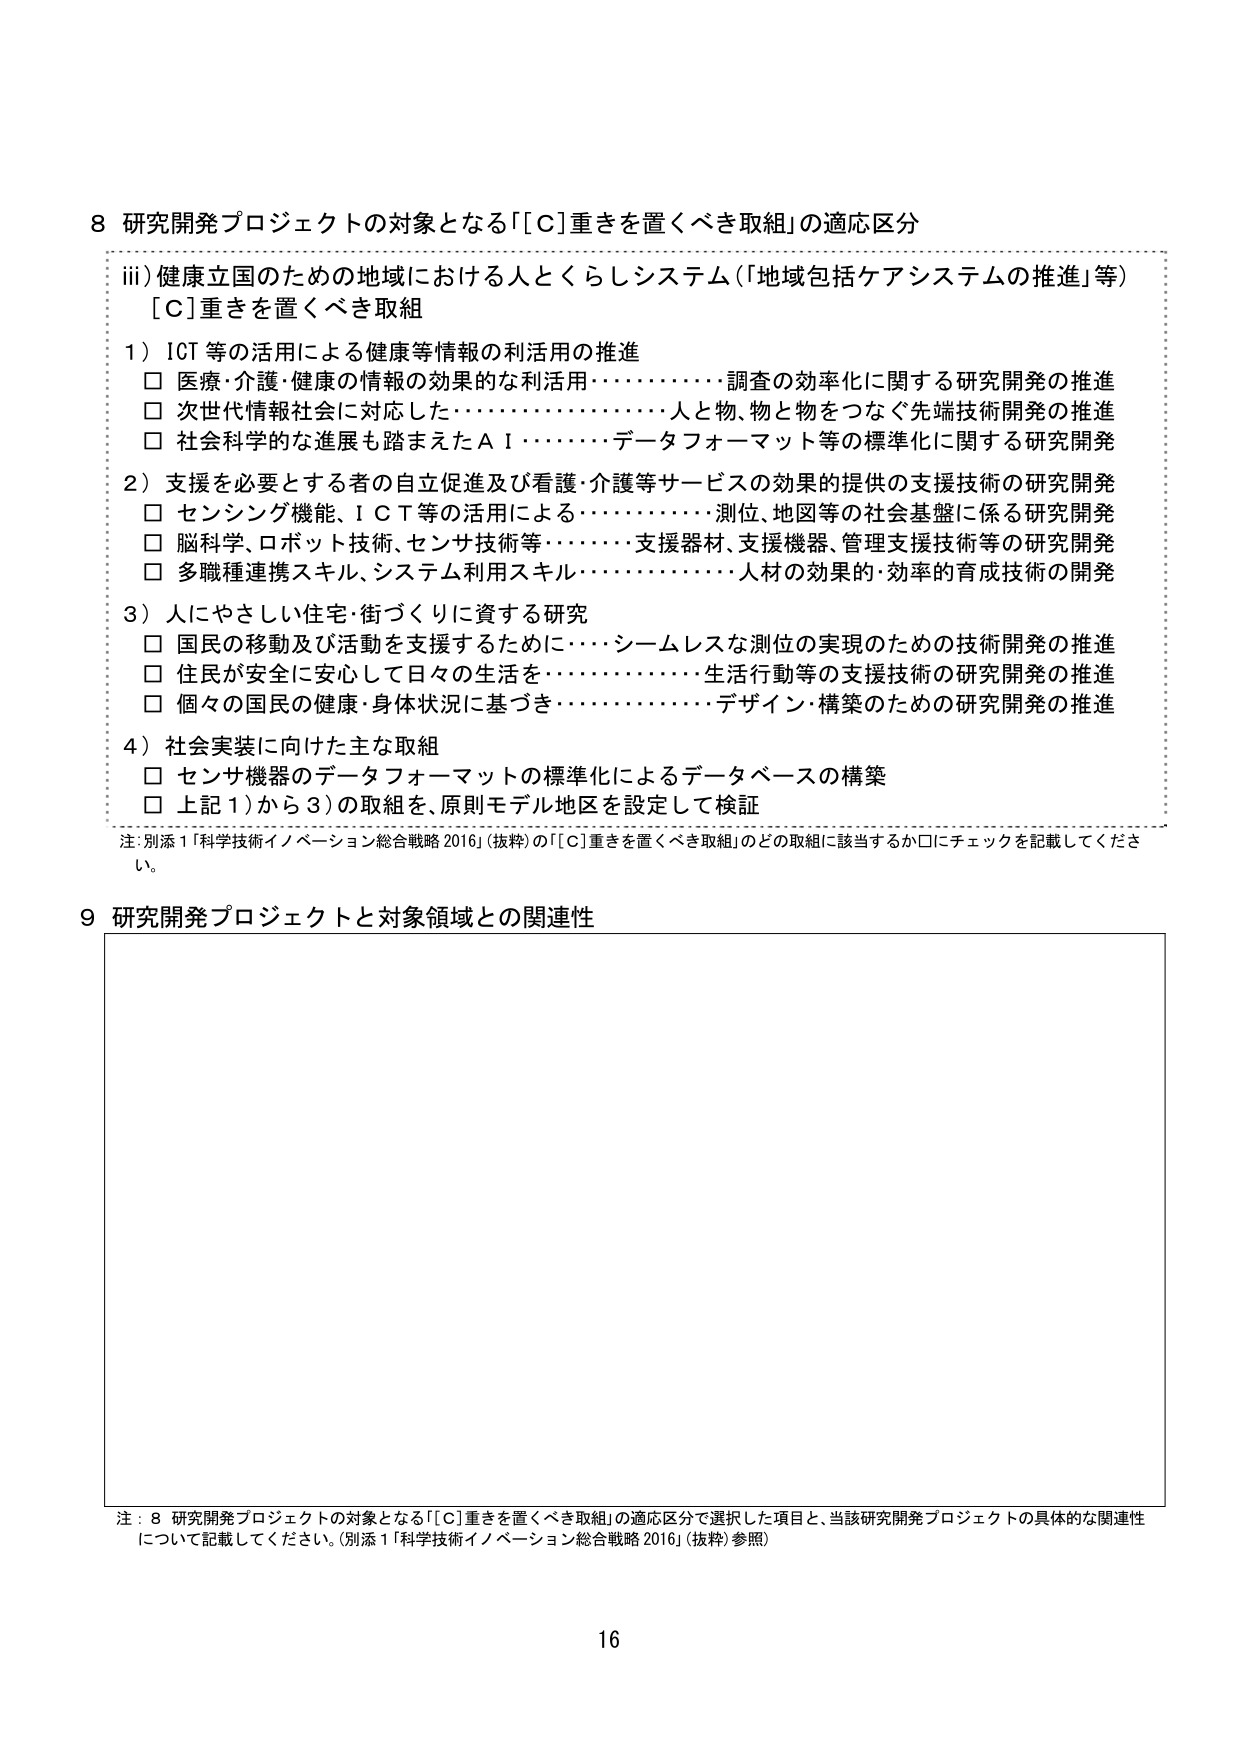
8 研究開発プロジェクトの対象となる「[C]重きを置くべき取組」の適応区分

iii) 健康立国のための地域における人とくらしシステム（「地域包括ケアシステムの推進」等）
[C]重きを置くべき取組

1）ICT等の活用による健康等情報の利活用の推進
□ 医療・介護・健康の情報の効果的な利活用・・・・・・・・・・調査の効率化に関する研究開発の推進
□ 次世代情報社会に対応した・・・・・・・・・・・・・・・・人と物、物と物をつなぐ先端技術開発の推進
□ 社会科学的な進展も踏まえたAI・・・・・・データフォーマット等の標準化に関する研究開発

2）支援を必要とする者の自立促進及び看護・介護等サービスの効果的提供の支援技術の研究開発
□ センシング機能、ICT等の活用による・・・・・・・・・・測位、地図等の社会基盤に係る研究開発
□ 脳科学、ロボット技術、センサ技術等・・・・・・支援器材、支援機器、管理支援技術等の研究開発
□ 多職種連携スキル、システム利用スキル・・・・・・・・・・人材の効果的・効率的育成技術の開発

3）人にやさしい住宅・街づくりに資する研究
□ 国民の移動及び活動を支援するために・・・・シームレスな測位の実現のための技術開発の推進
□ 住民が安全に安心して日々の生活を・・・・・・・・・・生活行動等の支援技術の研究開発の推進
□ 個々の国民の健康・身体状況に基づき・・・・・・・・・・デザイン・構築のための研究開発の推進

4）社会実装に向けた主な取組
□ センサ機器のデータフォーマットの標準化によるデータベースの構築
□ 上記1）から3）の取組を、原則モデル地区を設定して検証

注：別添1「科学技術イノベーション総合戦略2016」（抜粋）の「[C]重きを置くべき取組」のどの取組に該当するか□にチェックを記載してください。

9 研究開発プロジェクトと対象領域との関連性

注：8 研究開発プロジェクトの対象となる「[C]重きを置くべき取組」の適応区分で選択した項目と、当該研究開発プロジェクトの具体的な関連性について記載してください。（別添1「科学技術イノベーション総合戦略2016」（抜粋）参照）

16